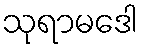
သုရာမဒေါ